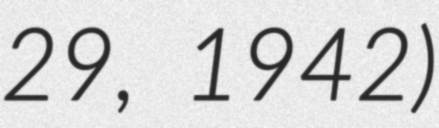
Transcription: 29, 1942)